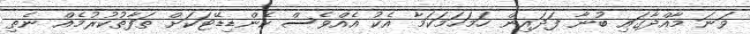
ވަނަ މާއްދާގައި ބުނާ ފަދައިން ހަމަހަމަކަމާ އެކު އެއްވެސް ކެންޑިޑޭޓަކަށް ތަފާތުކުރުމެއް ނެތި